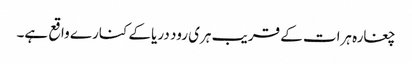
چغارہ ہرات کے قریب ہری رود دریا کے کنارے واقع ہے۔